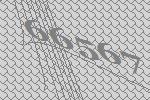
66567